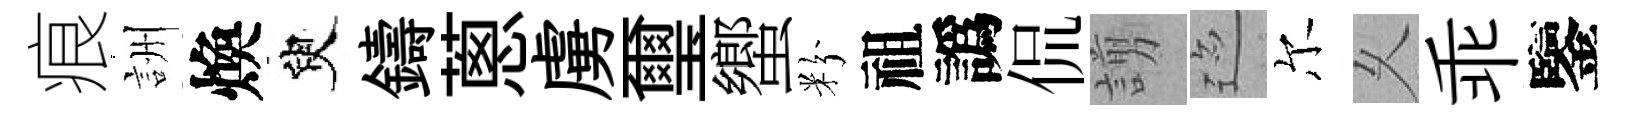
痕詶煥臾鑄蔥虜璽蠁粉祖譌侃謭迹尔乆乖鑒